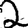
Digit: 2